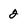
Character: 2